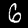
Label: 6